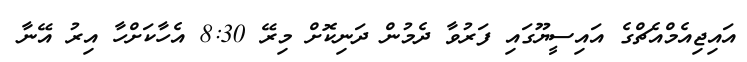
އައިޖިއެމްއެޗްގެ އައިސީޔޫގައި ފަރުވާ ދެމުން ދަނިކޮށް މިރޭ 8:30 އެހާކަށްހާ އިރު އޭނާ